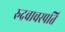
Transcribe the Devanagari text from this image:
रुद्रवाचस्पति